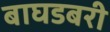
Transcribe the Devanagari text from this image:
बाघडबरी